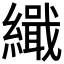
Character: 𮉋